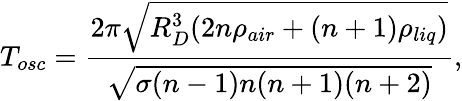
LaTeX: T_{osc}=\frac{2\pi\sqrt{R_{D}^{3}(2n\rho_{air}+(n+1)\rho_{liq})}}{\sqrt{\sigma(n-1)n(n+1)(n+2)}},